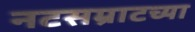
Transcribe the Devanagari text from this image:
नटसम्राटच्या